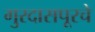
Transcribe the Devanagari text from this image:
गुरदासपूरचे